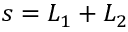
s = L _ { 1 } + L _ { 2 }